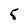
Character: 5